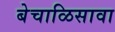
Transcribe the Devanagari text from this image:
बेचाळिसावा